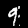
Label: 9